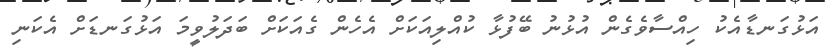
އަޅުގަނޑާއެކު ހިއްސާވެގެން އުޅުނު ބޭފުޅާ ކުއްލިއަކަށް އެހެން ގެއަކަށް ބަދަލުވީމަ އަޅުގަނޑަށް އެކަނި